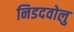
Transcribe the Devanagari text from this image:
निडदवोलु